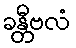
ခန္တီဗလံ